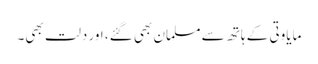
مایاوتی کے ہاتھ سے مسلمان بھی گئے، اور دلت بھی۔